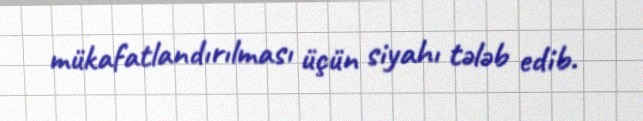
mükafatlandırılması üçün siyahı tələb edib.